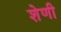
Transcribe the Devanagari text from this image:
शेणी